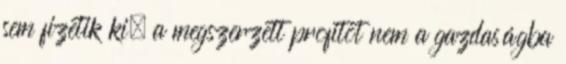
sem fizetik ki, a megszerzett profitot nem a gazdaságba